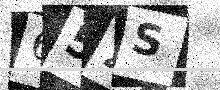
Text: 652S